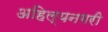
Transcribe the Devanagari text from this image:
अहिल्यनगरी